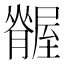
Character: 𦢢